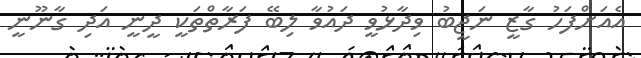
އެއަށްފަހު ގާޒީ ނަޖީބު ވިދާޅުވީ ދައުވާ ލިބޭ ފަރާތްތަކީ ދީނީ އަދި ގާނޫނީ